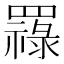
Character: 𦌟